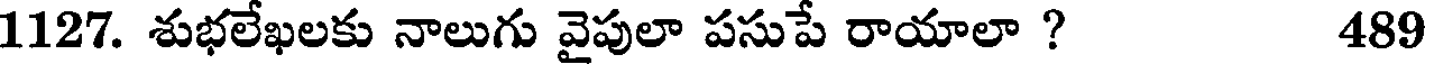
1127. శుభలేఖలకు నాలుగు వైపులా పసుపే రాయాలా ? 489